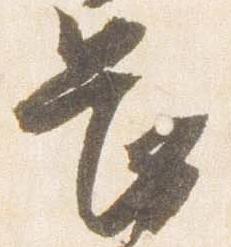
長